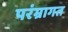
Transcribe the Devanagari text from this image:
परंम्रागत